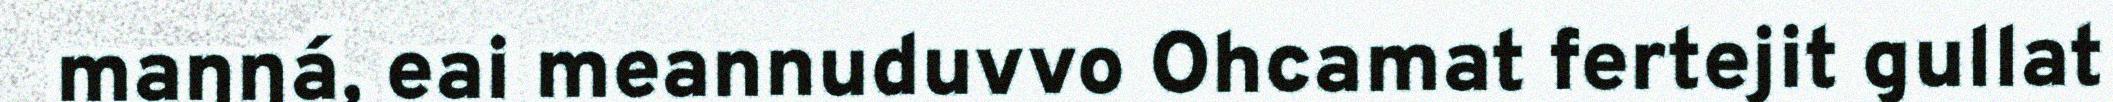
maŋŋá, eai meannuduvvo Ohcamat fertejit gullat